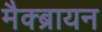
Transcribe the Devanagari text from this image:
मैक्ब्रायन